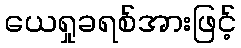
ယေရှုခရစ်အားဖြင့်